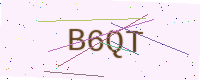
Text: B6QT